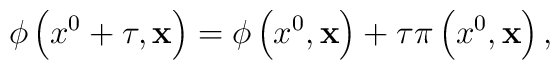
\phi\left(x^0+\tau,{\bf x}\right)=\phi\left(x^0,{\bf x}\right)+\tau\pi\left(x^0,{\bf x}\right),